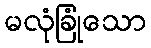
မလုံခြုံသော